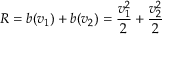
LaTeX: R = b ( v _ { 1 } ) + b ( v _ { 2 } ) = { \frac { v _ { 1 } ^ { 2 } } { 2 } } + { \frac { v _ { 2 } ^ { 2 } } { 2 } }